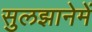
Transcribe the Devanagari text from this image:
सुलझानेमें